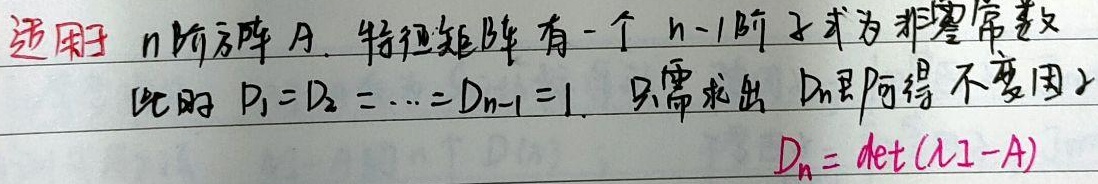
适用于\(n\)阶方阵\(A\)。特征矩阵有一个\(n - 1\)阶子式为非零常数，此时\(D_{1}=D_{2}=\cdots=D_{n - 1}=1\)。只需求出\(D_{n}\)即得不变因子，\(D_{n}=\det(\lambda I - A)\)。